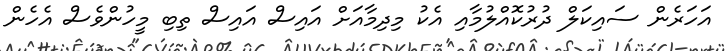
އަހަރެން ސައިކަލް ދުރުކޮއްލުމާއި އެކު މިދިމާއަށް އައިސް އައިސް ތިބި މީހުންވެސް އެހެން